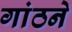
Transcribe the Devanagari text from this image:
गांठने